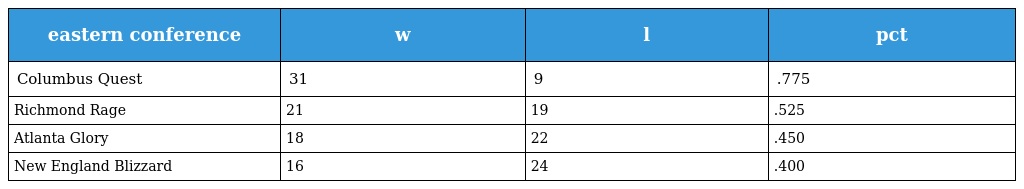
| eastern conference | w | l | pct |
 | --- | --- | --- | --- |
 | Columbus Quest | 31 | 9 | .775 |
 | Richmond Rage | 21 | 19 | .525 |
 | Atlanta Glory | 18 | 22 | .450 |
 | New England Blizzard | 16 | 24 | .400 |